Report on sanitation, dispensaries, and jails in Rajputana for 1921, and on vaccination for the year 1921-1922 - 1921-1922
Year: 1921
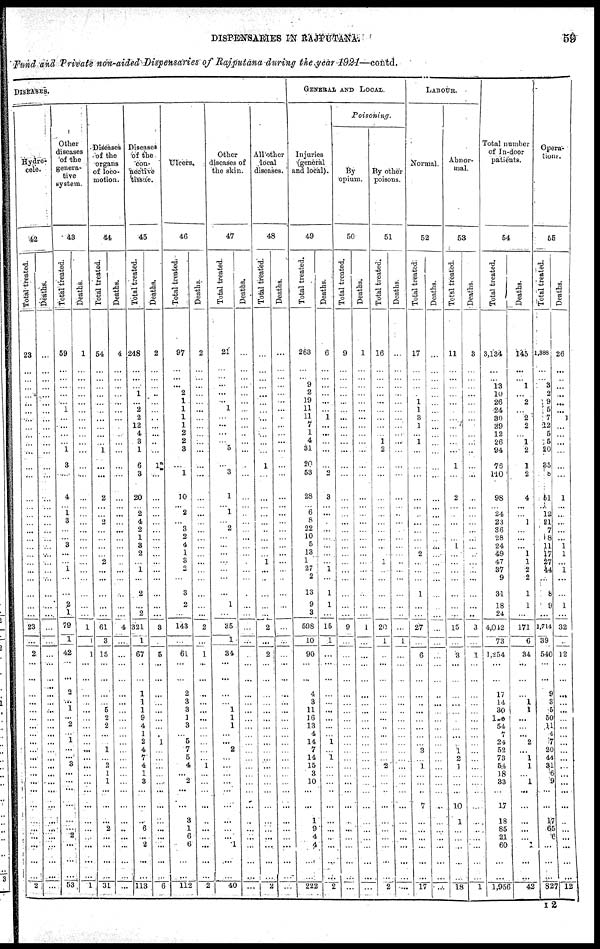
DISPENSARIES IN RAJPUTANA.
59
Fund and Private non-aided Dispensaries of Rajputana during the year 1921—contd.
DISEASES.
Hydro¬
cele.
42
Total treated.
23
...
...
...
...
...
...
...
...
...
...
...
...
...
...
... ...
...
...
...
...
...
...
...
...
...
...
...
23
...
2
...
...
...
...
...
...
...
...
...
...
...
...
...
...
...
...
...
...
...
...
...
...
2
Deaths.
...
...
...
...
...
...
...
...
...
...
...
...
...
...
...
... ...
...
...
...
...
...
...
...
...
...
...
...
...
...
...
...
...
...
...
...
...
...
...
...
...
...
...
...
...
...
...
...
...
...
...
...
...
...
Other
diseases
of the
genera-
tive
system.
43
Total treated.
59
...
...
...
...
...
1
...
...
...
...
1
3
...
4
...
1
3
...
...
3
...
...
1
...
...
2
1
79
1
42
...
...
2
...
1
...
2
...
1
...
...
3
...
...
...
...
...
...
2
...
...
...
53
Deaths.
1
...
...
...
...
...
...
...
...
...
...
...
...
...
...
... ...
...
...
...
...
...
...
...
...
...
...
...
1
1
1
...
...
...
...
...
...
...
...
...
...
...
...
...
...
...
...
...
...
...
...
...
...
1
Diseases
of the
organs
of loco-
motion.
44
Total treated.
54
...
......
...
...
...
...
...
...
...
...
1
...
...
2
... ...
2
...
...
...
...
2
...
...
...
...
...
61
3
15
...
...
...
...
5
2
2
...
...
1
... 2
1
1
...
...
...
2
...
...
...
...
31
Deaths.
4
...
...
...
...
...
...
...
...
...
...
...
...
...
...
... ...
...
...
...
...
...
...
...
...
...
...
...
4
...
...
...
...
...
...
...
...
...
...
...
...
...
...
...
...
...
...
...
...
...
...
...
...
...
Diseases
of the
con-
nective
tissue.
45
Total treated.
248
...
...
... 1
...
2
2
12
4
3
1
6
3
20
... 2
4
2
1
3
2
...
1
...
2
...
2
321
1
67
...
...
1
1
1
9
4
1
2
4
7
4
1
3
...
...
...
6
...
2
...
...
113
Deaths.
2
...
...
...
...
...
...
...
...
...
...
...
1
...
...
... ...
...
...
...
...
...
...
...
...
...
...
...
3
...
5
...
...
...
...
...
...
...
...
1
...
...
...
...
...
...
...
...
...
...
...
...
...
6
Ulcers.
46
Total treated.
97
...
...
... 2
1
1
1
1
2
2
3
...
1
10
... 2
...
3
2
4
1
3
2
...
3
2
...
143
...
61
...
...
2
3
3
1
3
... 5
7
5
4
...
2
...
...
3
1
6
6
...
...
112
Deaths.
2
...
...
...
...
...
...
...
...
...
...
...
...
...
...
... ...
...
...
...
...
...
...
...
...
...
...
...
2
...
1
...
...
...
...
...
...
...
...
...
...
... 1
...
...
...
...
...
...
...
...
...
...
2
Other
diseases of
the skin.
47
Total treated.
21
...
...
...
...
...
1
...
...
...
...
5
...
3
1
... 1
...
2
...
...
...
...
...
...
...
1
...
35
1
34
...
...
...
...
1
1
1
...
...
2
...
...
...
...
...
...
...
... ...
1
...
...
40
Deaths.
...
...
...
...
...
...
...
...
...
...
...
...
...
...
...
... ...
...
...
...
...
...
...
...
...
...
...
...
...
...
...
...
...
...
...
...
...
...
...
...
...
...
...
...
...
...
...
...
...
...
...
...
...
...
All other
local
diseases.
48
Total treated.
...
...
...
...
...
...
...
...
...
...
...
...
1
...
...
... ...
...
...
...
...
...
1
...
...
...
...
...
2
...
2
...
...
...
...
...
...
...
...
...
...
...
...
...
...
...
...
...
...
...
...
...
...
2
Deaths.
...
...
...
...
...
...
...
...
...
...
...
...
...
...
...
... ...
...
...
...
...
...
...
...
...
...
...
...
...
...
...
...
...
...
...
...
...
...
...
...
...
...
...
...
...
...
...
...
...
...
...
...
...
...
GENERAL AND LOCAL.
Injuries
(general
and local).
49
Total treated.
263
...
...
... 2
19
11
11
7
1
4
31
20
53
28
... 6
8
22
10
5
13
1
27
2
13
9
3
598
10
90
...
...
4
3
11
16
13
4
14
7
14
15
3
10
...
...
1
9
4
4
...
...
222
Deaths.
6
...
...
...
...
...
...
1
...
...
...
...
...
...
3
... ...
...
...
...
...
...
...
1
...
1
1
...
15
1
...
...
...
...
...
...
...
...
...
1
...
1
...
...
...
...
...
...
...
...
...
...
...
2
Poisoning.
By
opium.
50
Total treated.
9
...
...
...
...
...
...
...
...
...
...
...
...
...
...
... ...
...
...
...
...
...
...
...
...
...
...
...
9
...
...
...
...
...
...
...
...
...
...
...
...
...
...
...
...
...
...
...
...
...
...
...
...
...
Deaths.
1
...
...
...
...
...
...
...
...
...
...
...
...
...
...
... ...
...
...
...
...
...
...
...
...
...
...
...
1
...
...
...
...
...
...
...
...
...
...
...
...
...
...
...
...
...
...
...
...
...
...
...
...
...
By other
poisons.
51
Total treated.
16
...
...
...
...
...
...
...
...
...
1
2
...
...
...
... ...
...
...
...
...
...
1
...
...
...
...
...
20
1
...
...
...
......
...
...
...
...
...
...
...
... 2
...
...
...
...
...
...
...
...
...
...
2
Deaths.
...
...
...
...
...
...
...
...
...
...
...
...
...
...
...
... ...
...
...
...
...
...
...
...
...
...
...
...
...
1
...
...
...
...
...
...
...
...
...
...
...
...
...
...
...
...
...
...
...
...
...
...
...
...
LABOUR.
Normal.
52
Total treated.
17
...
...
...
...
1
1
3
1
...
1
...
...
...
...
... ...
...
...
...
...
2
...
...
...
1
...
...
27
...
6
...
...
...
...
...
...
...
...
...
3
...
1
...
...
...
7
...
...
...
...
...
...
17
Deaths.
...
...
...
...
...
...
...
...
...
...
...
...
...
...
...
... ...
...
...
...
...
...
...
...
...
...
...
...
...
...
...
...
...
...
...
...
...
...
...
...
...
...
...
...
...
...
...
...
...
...
...
...
...
...
Abnor-
mal.
53
Total treated.
11
...
...
... ...
...
...
...
...
...
...
...
1
...
2
... ...
...
...
...
1
...
...
...
...
...
...
...
15
...
3
...
...
...
...
...
...
...
...
...
1
2
1
...
...
...
10
1
...
...
...
...
...
18
Deaths.
3
...
...
...
...
...
...
...
...
...
...
...
...
...
...
... ...
...
...
...
...
...
...
...
...
...
...
...
3
...
1
...
...
...
...
...
...
...
...
...
...
...
...
...
...
...
...
...
...
...
...
...
...
1
Total number
of In-door
patients.
54
Total treated.
3,134
...
...
13
10
26
24
30
39
12
26
94
76
110
98
... 24
23
36
28
24
49
47
37
9
31
18
24
4,042
73
1,254
...
...
17
14
30
120
54
7
24
52
73
54
18
33
...
17
18
85
21
60
...
...
1,956
Deaths.
145
...
...
1
...
2
...
2
2
...
1
2
1
2
4
...
...
1
...
...
...
1
1
2
2
1
1
...
171
6
34
...
...
...
1
1
...
...
...
2
...
1
1
...
1
...
...
...
...
...
1
...
...
42
Opera¬
tions.
55
Total treated.
1,388
...
...
3
2
9
5
7
12
5
5
20
35
8
51
... 12
21
7
8
11
17
27
44
...
8
9
...
1,714
39
540
...
...
9
3
5
50
11
4
7
20
44
31
6
9
...
...
17
65
6
...
...
...
827
Deaths.
26
...
...
...
...
...
...
1
...
...
...
...
...
...
1
...
...
...
...
...
1
1
...
1
...
...
1
...
32
...
12
...
...
...
...
...
...
...
...
...
...
...
...
...
...
...
...
...
...
...
...
...
...
12
I2